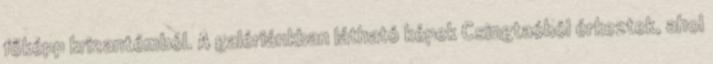
főképp krizantémból. A galériánkban látható képek Csingtaóból érkeztek, ahol